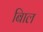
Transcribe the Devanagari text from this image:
बािल